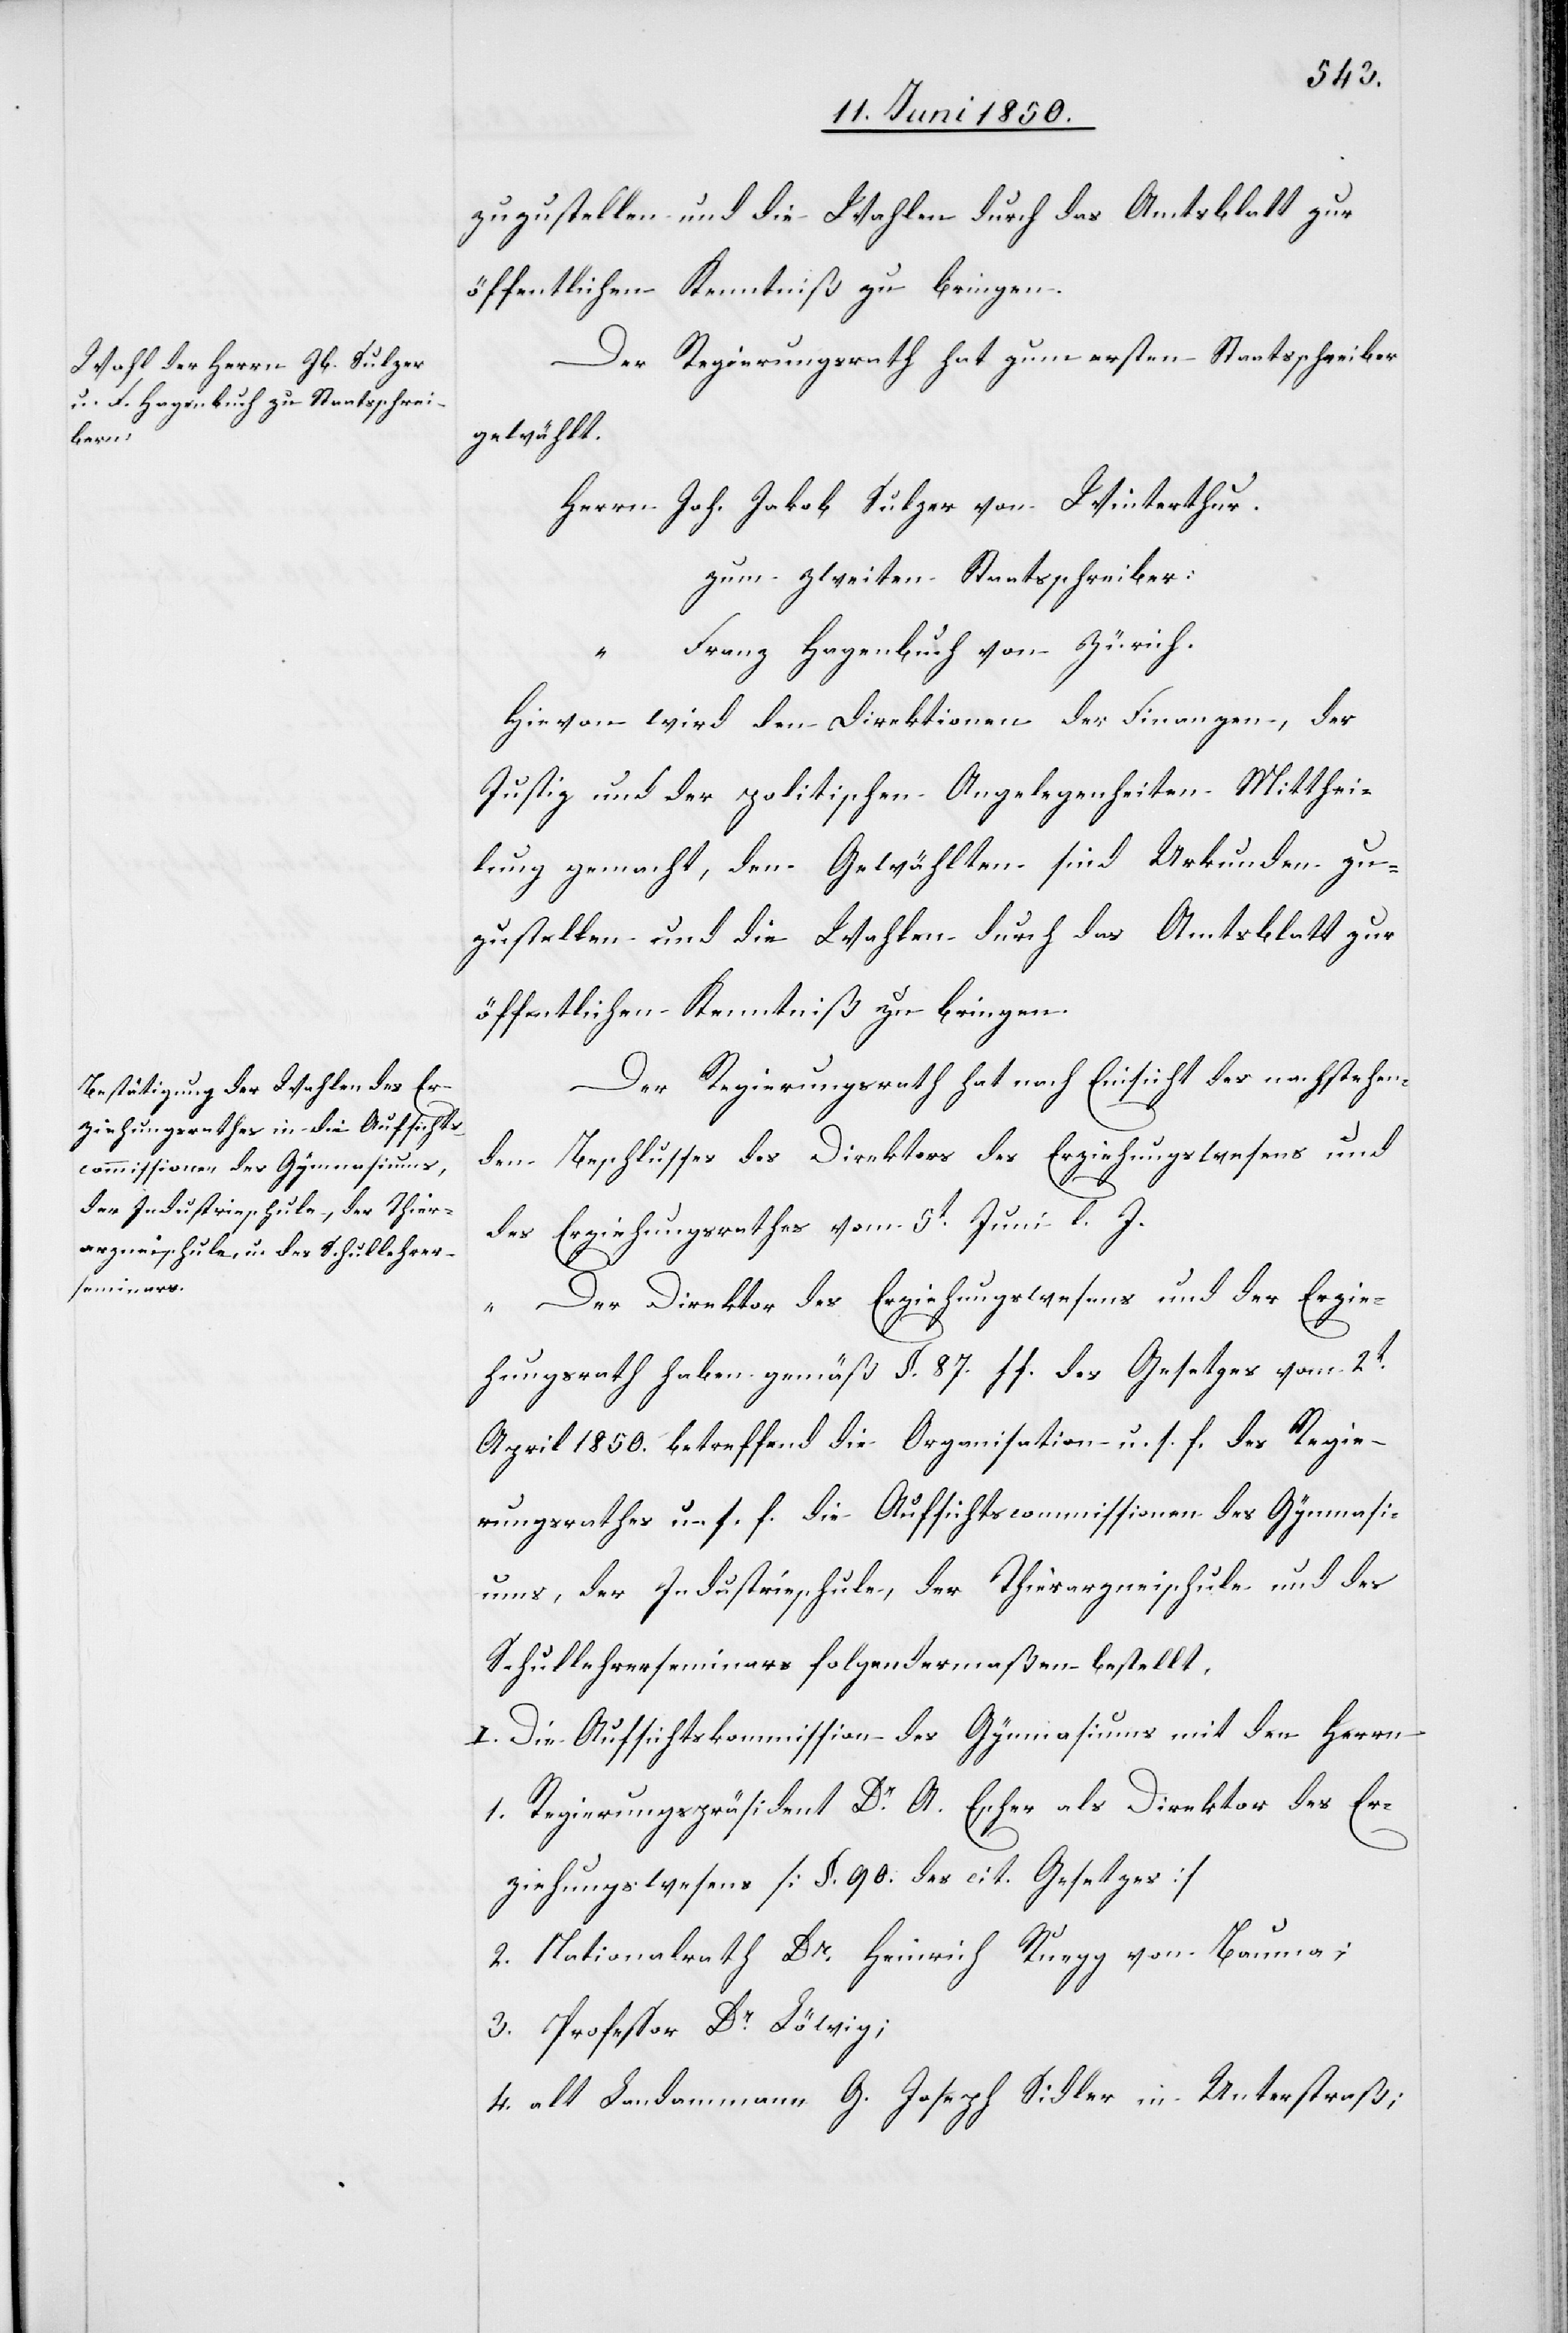
zuzustellen und die Wahlen durch das Amtsblatt zur
öffentlichen Kenntniß zu bringen
Der Regierungsrath hat zum ersten Staatsschreiber
gewählt.
Herrn Joh. Jakob Sulzer von Winterhur.
zum zweiten Staatsschreiber:
Franz Hagenbuch von Zürich.
Hievon wird den Direktionen der Finanzen, der
Justiz und der politischen Angelegenheiten Mitthei¬
lung gemacht, den Gewählten sind Urkunden zu¬
zustellen und die Wahlen durch das Amtsblatt zur
öffentlichen Kenntniß zu bringen.
Der Regierungsrath hat nach Einsicht des nachstehen¬
den Beschlusses des Direktors des Erziehungswesens und
des Erziehungsrathes vom 5t Juni l. J.
„Der Direktor des Erziehungswesens und der Erzie¬
hungsrath haben gemäß §. 87. ff. des Gesetzes vom 2t
April 1850. betreffend die Organisation u. s. f. des Regie¬
rungsrathes u. s. f. die Aufsichtscommissionen des Gymnasi¬
ums, der Industrieschule, der Thierarzneischule und des
Schullehrerseminars folgendermaßen bestellt,
I. Die Aufsichtskommission des Gymnasiums mit den Herrn
1. Regierungspräsidenten Dr A. Escher als Direktor des Er¬
ziehungswesens [§. 90. des cit. Gesetzes]
2. Nationalrath Dr Heinrich Ruegg von Bauma;
3. Professor Dr Löwig;
4. alt Landammann G. Joseph Sidler in Unterstraß;